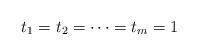
\begin{align*}t_1 = t_2 = \cdots = t_m = 1\end{align*}